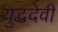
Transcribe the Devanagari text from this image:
युद्धदेवी